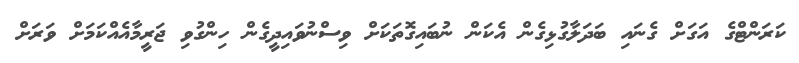
ކަރަންޓްގެ އަގަށް ގެނައި ބަދަލާގުޅިގެން އެކަން ނުބައިގޮތަކަށް ވިސްނުވައިދީގެން ހިންގުވި ޖަރީމާއެއްކަމަށް ވަރަށް